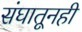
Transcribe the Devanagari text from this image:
संघातूनही